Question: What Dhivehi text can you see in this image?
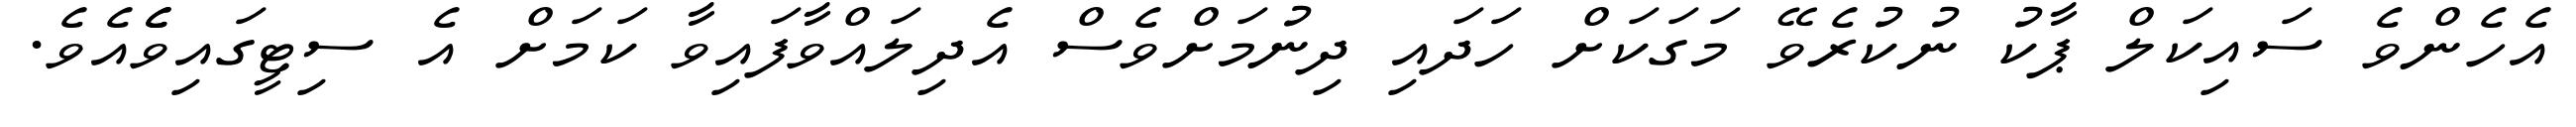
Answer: އެހެންވެ ސައިކަލް ޕާކު ނުކުރެވޭ މަގަކަށް ހަދައި ދިނުމަށްވެސް އެދިލައްވާފައިވާ ކަމަށް އެ ސިޓީގައިވެެއެވެ.